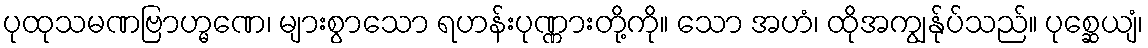
ပုထုသမဏဗြာဟ္မဏေ၊ များစွာသော ရဟန်းပုဏ္ဏားတို့ကို။ သော အဟံ၊ ထိုအကျွန်ုပ်သည်။ ပုစ္ဆေယျံ၊